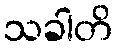
သခါတိ